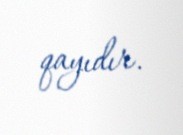
qayıdır.